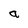
Character: a